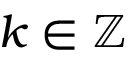
k \in \ensuremath { \mathbb { Z } }